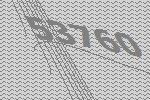
53760